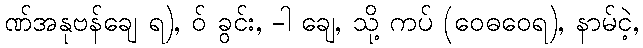
ဏ်အနုဗန်ချေ ရ), ဝ် ခွင်း, -ါ ချေ, သို့ ကပ် (ဝေဓဝေရ), နာမ်ငဲ့,